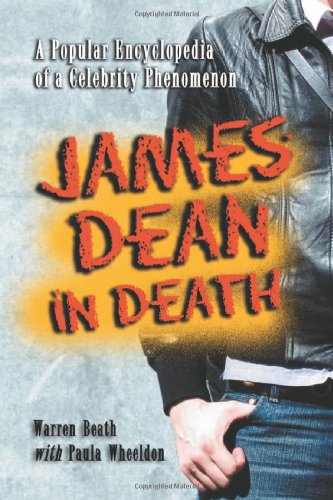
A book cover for James Dean in Death: A Popular Encyclopedia of a Celebrity Phenomenon; Warren Beath; Humor & Entertainment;